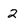
Character: 2